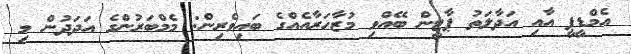
އެމްޑީޕީ އާއި އަދާލަތު ޕާޓީން ބޭއްވި މުޒާހަރާއެއްގެ ބައިވެރިން: މެމްބަރުންގެ އަދަދުން މި